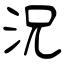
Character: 況